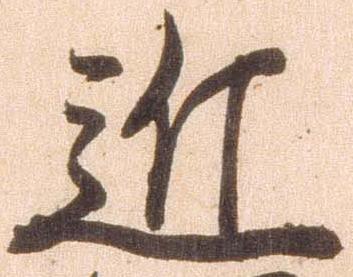
近